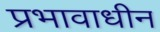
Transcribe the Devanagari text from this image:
प्रभावाधीन